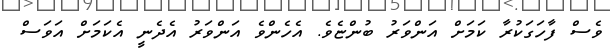
ވެސް ފާހަގަކުރާ ކަމަށް އަންވަރު ބުންޏެވެ. އެހެންވެ އަންވަރު އެދެނީ އެކަމަށް އަވަސް